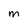
Character: m